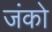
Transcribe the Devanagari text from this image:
जंको